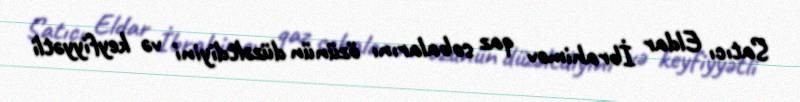
Satıcı Eldar İbrahimov qaz sobalarını özünün düzəltdiyini və keyfiyyətli